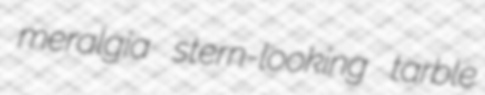
meralgia stern-looking tarble